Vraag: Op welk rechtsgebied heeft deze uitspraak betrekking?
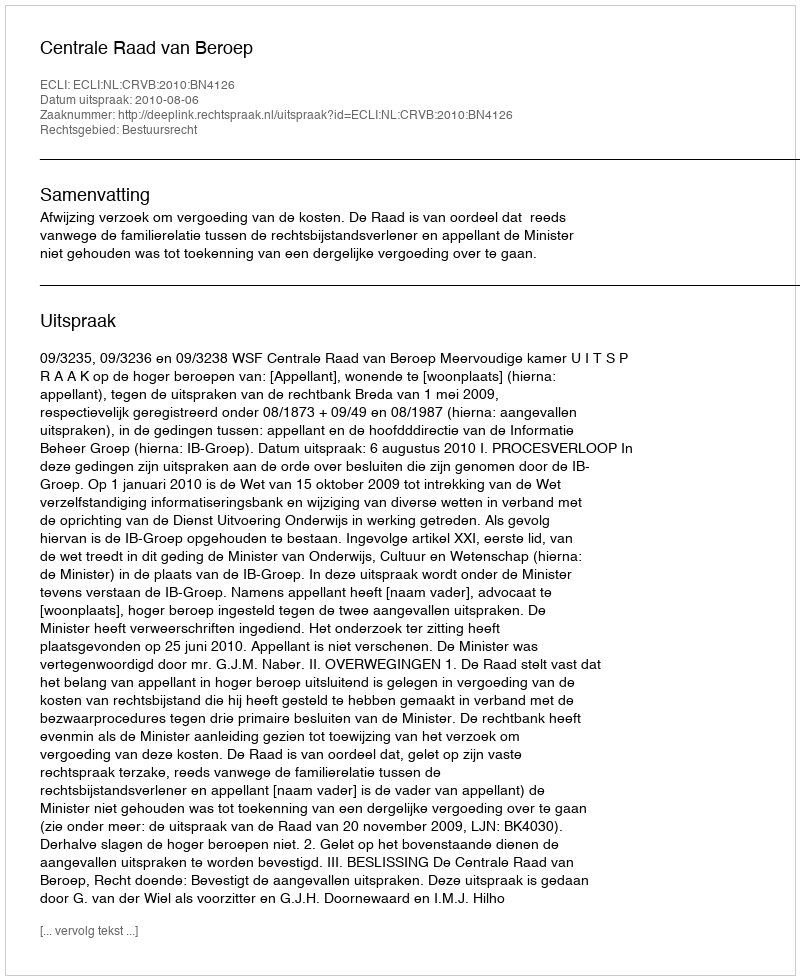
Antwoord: Bestuursrecht